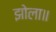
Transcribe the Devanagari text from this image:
झोला॥